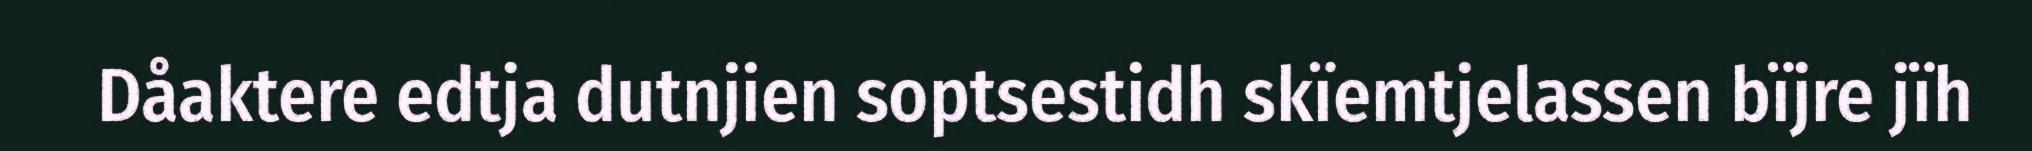
Dåaktere edtja dutnjien soptsestidh skïemtjelassen bïjre jïh